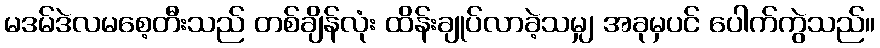
မဒမ်ဒဲလမစေ့တီးသည် တစ်ချိန်လုံး ထိန်းချုပ်လာခဲ့သမျှ အခုမှပင် ပေါက်ကွဲသည်။